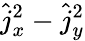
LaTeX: \hat{j}_{x}^{2}-\hat{j}_{y}^{2}